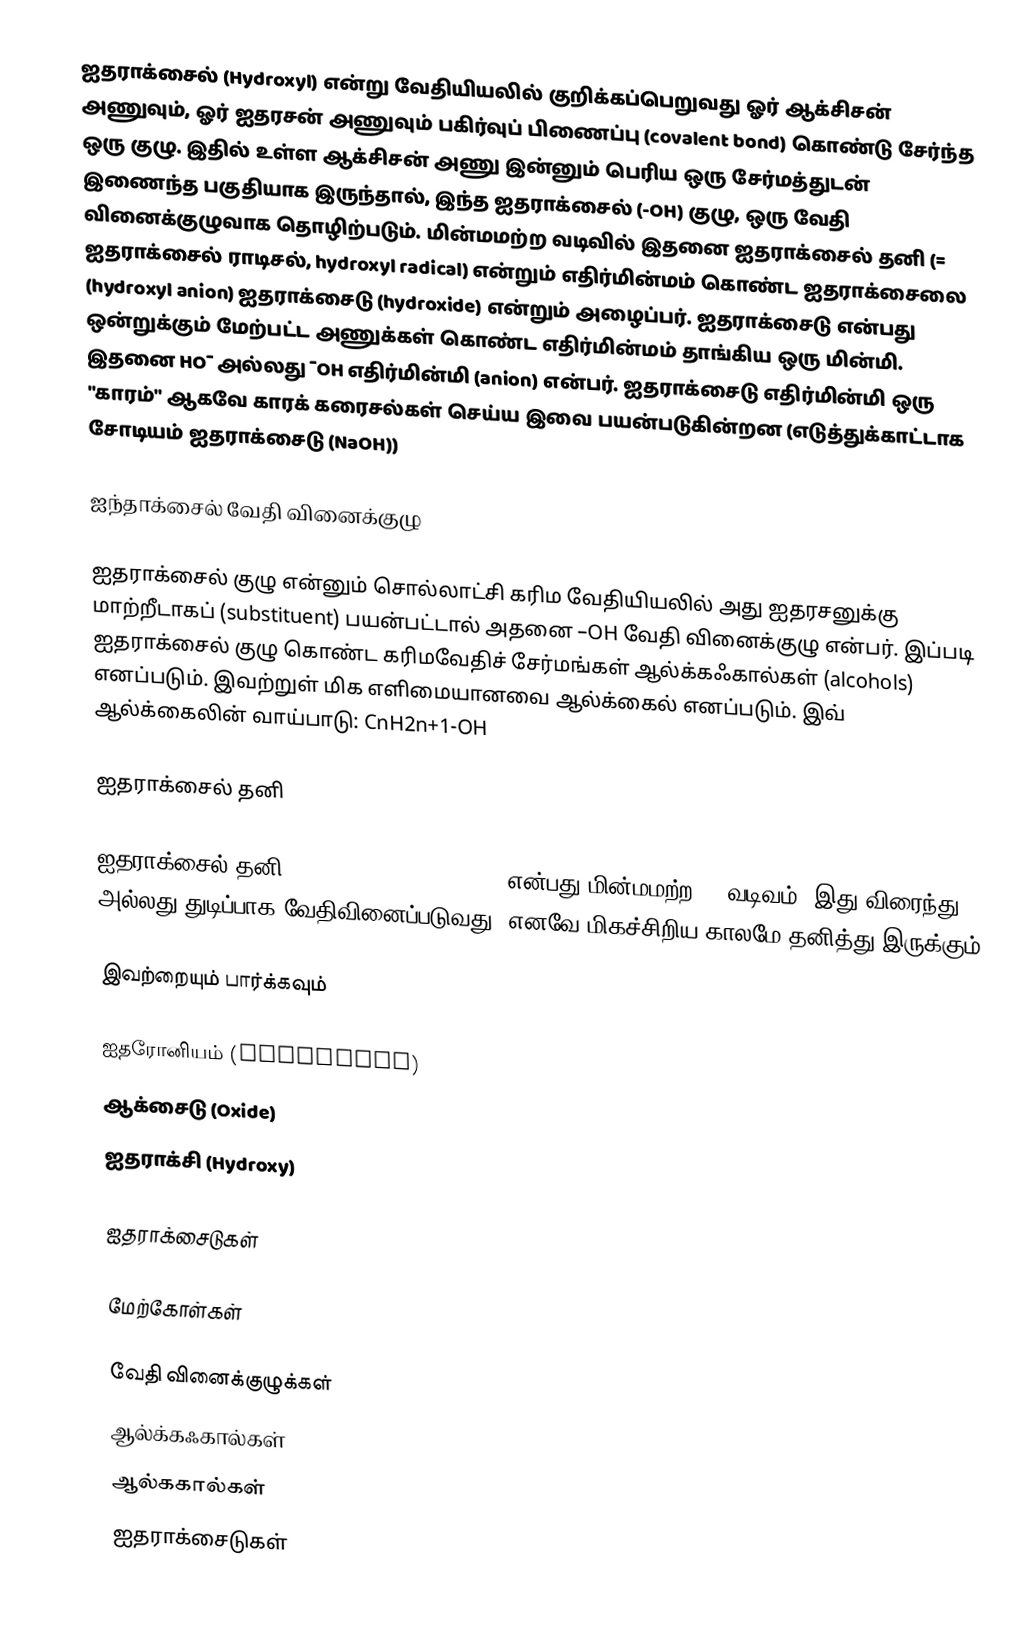
ஐதராக்சைல் (Hydroxyl) என்று வேதியியலில் குறிக்கப்பெறுவது ஓர் ஆக்சிசன் அணுவும், ஓர் ஐதரசன் அணுவும் பகிர்வுப் பிணைப்பு (covalent bond) கொண்டு சேர்ந்த ஒரு குழு. இதில் உள்ள ஆக்சிசன் அணு இன்னும் பெரிய ஒரு சேர்மத்துடன் இணைந்த பகுதியாக இருந்தால், இந்த ஐதராக்சைல் (-OH) குழு, ஒரு வேதி வினைக்குழுவாக தொழிற்படும். மின்மமற்ற வடிவில் இதனை ஐதராக்சைல் தனி (= ஐதராக்சைல் ராடிசல், hydroxyl radical) என்றும் எதிர்மின்மம் கொண்ட ஐதராக்சைலை (hydroxyl anion) ஐதராக்சைடு (hydroxide) என்றும் அழைப்பர். ஐதராக்சைடு என்பது ஒன்றுக்கும் மேற்பட்ட அணுக்கள் கொண்ட எதிர்மின்மம் தாங்கிய ஒரு மின்மி. இதனை HO¯ அல்லது ¯OH எதிர்மின்மி (anion) என்பர். ஐதராக்சைடு எதிர்மின்மி ஒரு "காரம்" ஆகவே காரக் கரைசல்கள் செய்ய இவை பயன்படுகின்றன (எடுத்துக்காட்டாக சோடியம் ஐதராக்சைடு (NaOH))

ஐந்தாக்சைல் வேதி வினைக்குழு

ஐதராக்சைல் குழு என்னும் சொல்லாட்சி கரிம வேதியியலில் அது ஐதரசனுக்கு மாற்றீடாகப் (substituent) பயன்பட்டால் அதனை –OH வேதி வினைக்குழு என்பர். இப்படி ஐதராக்சைல் குழு கொண்ட கரிமவேதிச் சேர்மங்கள் ஆல்க்கஃகால்கள் (alcohols) எனப்படும். இவற்றுள் மிக எளிமையானவை ஆல்க்கைல் எனப்படும். இவ் ஆல்க்கைலின் வாய்பாடு: CnH2n+1-OH

ஐதராக்சைல் தனி

ஐதராக்சைல் தனி (hydroxyl radical), ·OH, என்பது மின்மமற்ற OH வடிவம். இது விரைந்து அல்லது துடிப்பாக வேதிவினைப்படுவது. எனவே மிகச்சிறிய காலமே தனித்து இருக்கும்.

இவற்றையும் பார்க்கவும்

 ஐதரோனியம் (Hydronium)
 ஆக்சைடு (Oxide)
 ஐதராக்சி (Hydroxy)

ஐதராக்சைடுகள்

மேற்கோள்கள்

வேதி வினைக்குழுக்கள்
ஆல்க்கஃகால்கள்
ஆல்ககால்கள்
ஐதராக்சைடுகள்